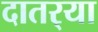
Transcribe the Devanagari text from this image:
दातर्‍या